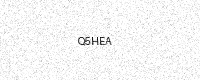
Text: Q5HEA